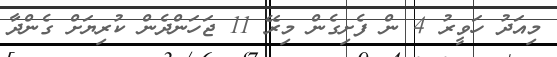
މިއަދު ހަވީރު 4 ން ފެށިގެން މިރޭ 11 ޖަހަންދެން ކުރިޔަށް ގެންދާ